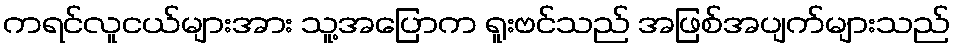
ကရင်လူငယ်များအား သူ့အပြောက ရူးဗင်သည် အဖြစ်အပျက်များသည်